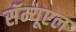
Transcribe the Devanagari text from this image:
सॅम्यूएल